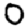
Digit: 0